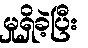
မှုရှိခဲ့ပြီး